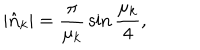
| \hat { \bf n } _ { k } | = { \frac { \pi } { \mu _ { k } } } \sin { \frac { \mu _ { k } } { 4 } } ,